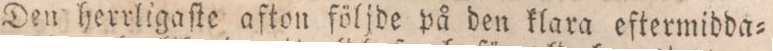
Den herrligaſte afton följde på den klara eftermidda=